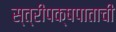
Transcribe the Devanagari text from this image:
स्त्रीपक्षपाताची